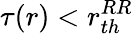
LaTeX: \tau(r)<r_{th}^{RR}